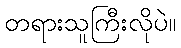
တရားသူကြီးလိုပဲ။